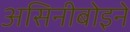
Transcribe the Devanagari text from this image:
असिनीबोइने